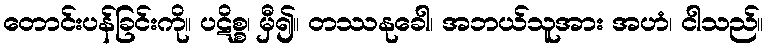
တောင်းပန်ခြင်းကို။ ပဋိစ္စ၊ မှီ၍။ တဿနုခေါ၊ အဘယ်သူအား အဟံ၊ ငါသည်။